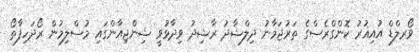
ވޯރލްޑް އުއިޣުރު ކޮންގްރެސްގެ ތަރުޖަމާނު ދިލްޝާދު ރާޝިދު ވިދާޅުވީ ޝިންޖިއާންގައި މުސްލިމުން ރޯދަހިފާތޯ